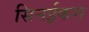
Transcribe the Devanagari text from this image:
सिनईकस